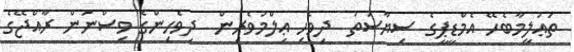
ތަޢުލީމާބެހޭ އެމްޑީޕީގެ ސިޔާސަތު  ދިވެހި ޢިލްމުވެރިން  ދިވެހިންގެ ވިސްނުން ރާއްޖޭގެ